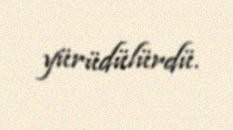
yürüdülürdü.